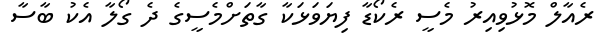
ރެއާލް މޮޅުވިއިރު މެސީ ރެކޯޑާ ފިޔަވަޅަކާ ގާތަށްމެސީގެ ދެ ގޯލާ އެކު ބާސާ